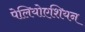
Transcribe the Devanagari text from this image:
पेलियोएशियन